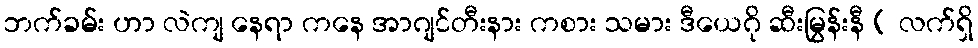
ဘက်ခမ်း ဟာ လဲကျ နေရာ ကနေ အာဂျင်တီးနား ကစား သမား ဒီယေဂို ဆီးမြွန်းနီ ( လက်ရှိ